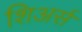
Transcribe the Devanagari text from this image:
शिअर्स